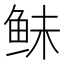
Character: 𱇛